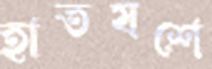
হাতযশে